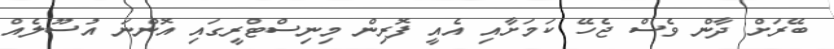
ބޭރަށް ދާން ވެސް ޖެހޭ ކަމަށާއި އެއީ ފޮރިން މިނިސްޓްރީގައި އޮންނަ އުސޫލެއް